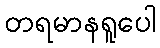
တရမာနရူပေါ